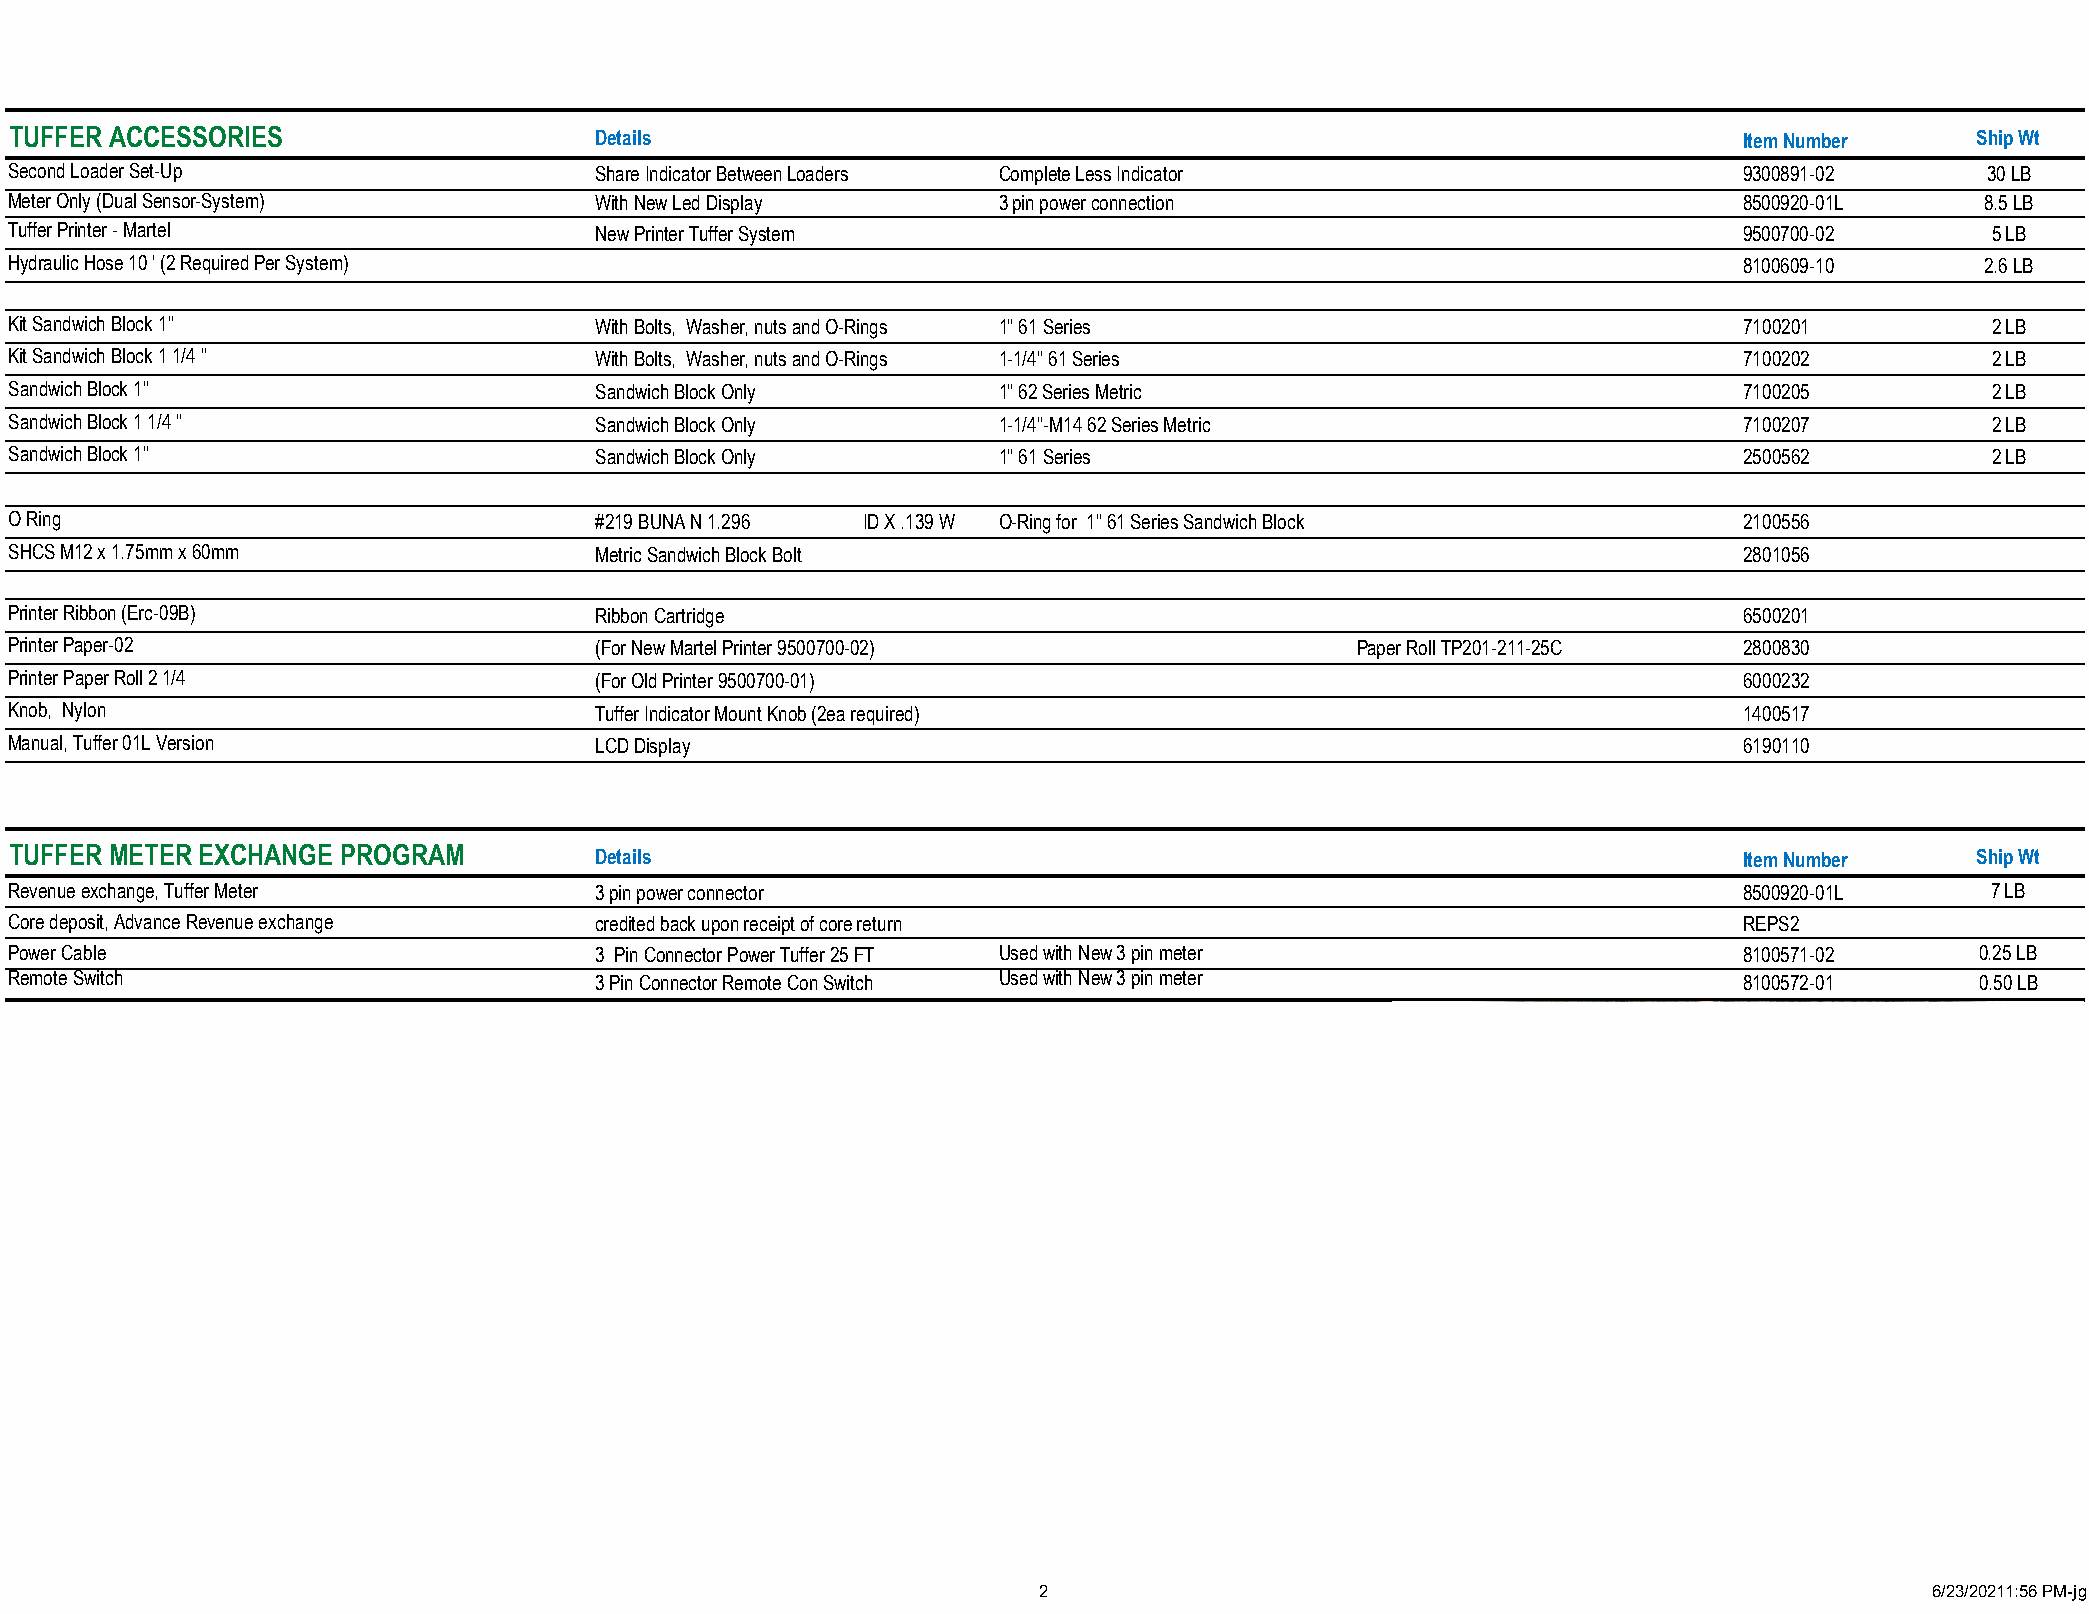
TUFFER ACCESSORIES                    Details                                                                     Item Number     Ship Wt
 Second Loader Set-Up                  Share Indicator Between Loaders Complete Less Indicator                     9300891-02       30 LB
 Meter Only (Dual Sensor-System)       With New Led Display       3 pin power connection                           8500920-01L     8.5 LB
 Tuffer Printer - Martel               New Printer Tuffer System                                                   9500700-02       5 LB
 Hydraulic Hose 10 ' (2 Required Per System)                                                                       8100609-10      2.6 LB
 Kit Sandwich Block 1"                 With Bolts, Washer, nuts and O-Rings 1" 61 Series                           7100201          2 LB
 Kit Sandwich Block 1 1/4 "            With Bolts, Washer, nuts and O-Rings 1-1/4" 61 Series                       7100202          2 LB
 Sandwich Block 1"                     Sandwich Block Only        1" 62 Series Metric                              7100205          2 LB
 Sandwich Block 1 1/4 "                Sandwich Block Only        1-1/4"-M14 62 Series Metric                      7100207          2 LB
 Sandwich Block 1"                     Sandwich Block Only        1" 61 Series                                     2500562          2 LB
 O Ring                                #219 BUNA N 1.296 ID X .139 W O-Ring for 1" 61 Series Sandwich Block        2100556
 SHCS M12 x 1.75mm x 60mm              Metric Sandwich Block Bolt                                                  2801056
 Printer Ribbon (Erc-09B)              Ribbon Cartridge                                                            6500201
 Printer Paper-02                      (For New Martel Printer 9500700-02)                Paper Roll TP201-211-25C 2800830
 Printer Paper Roll 2 1/4              (For Old Printer 9500700-01)                                                6000232
 Knob, Nylon                           Tuffer Indicator Mount Knob (2ea required)                                  1400517
 Manual, Tuffer 01L Version            LCD Display                                                                 6190110
 TUFFER METER EXCHANGE PROGRAM         Details                                                                     Item Number     Ship Wt
 Revenue exchange, Tuffer Meter        3 pin power connector                                                       8500920-01L      7 LB
 Core deposit, Advance Revenue exchange credited back upon receipt of core return                                  REPS2
 Power Cable                           3 Pin Connector Power Tuffer 25 FT Used with New 3 pin meter                8100571-02      0.25 LB
 Remote Switch                         3 Pin Connector Remote Con Switch Used with New 3 pin meter                 8100572-01      0.50 LB
 2                                                          6/23/20211:56 PM-jg